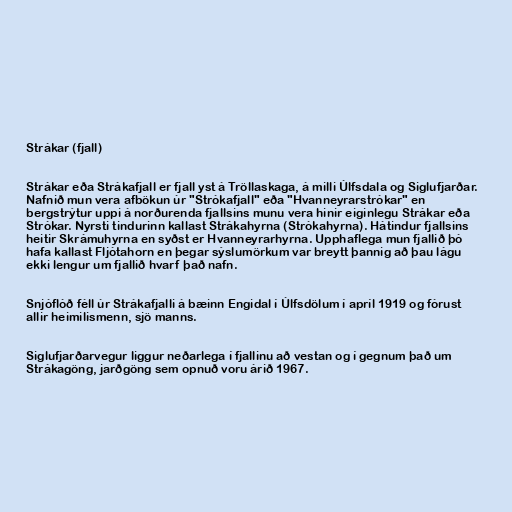
Strákar (fjall)

Strákar eða Strákafjall er fjall yst á Tröllaskaga, á milli Úlfsdala og Siglufjarðar.
Nafnið mun vera afbökun úr "Strókafjall" eða "Hvanneyrarstrókar" en
bergstrýtur uppi á norðurenda fjallsins munu vera hinir eiginlegu Strákar eða
Strókar. Nyrsti tindurinn kallast Strákahyrna (Strókahyrna). Hátindur fjallsins
heitir Skrámuhyrna en syðst er Hvanneyrarhyrna. Upphaflega mun fjallið þó
hafa kallast Fljótahorn en þegar sýslumörkum var breytt þannig að þau lágu
ekki lengur um fjallið hvarf það nafn.

Snjóflóð féll úr Strákafjalli á bæinn Engidal í Úlfsdölum í apríl 1919 og fórust
allir heimilismenn, sjö manns.

Siglufjarðarvegur liggur neðarlega í fjallinu að vestan og í gegnum það um
Strákagöng, jarðgöng sem opnuð voru árið 1967.